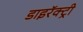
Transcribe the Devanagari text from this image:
डाइरॅक्ट्री